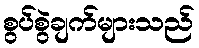
စွပ်စွဲချက်များသည်